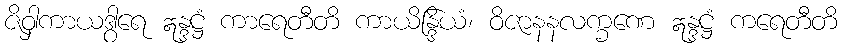
ဇိဝှါကာယဒွါရေ ဣန္ဒဋ္ဌံ ကာရေတီတိ ကာယိန္ဒြိယံ၊ ဝိဇာနနလက္ခဏေ ဣန္ဒဋ္ဌံ ကရေတီတိ